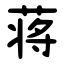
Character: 蒋